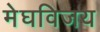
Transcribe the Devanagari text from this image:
मेघविजय